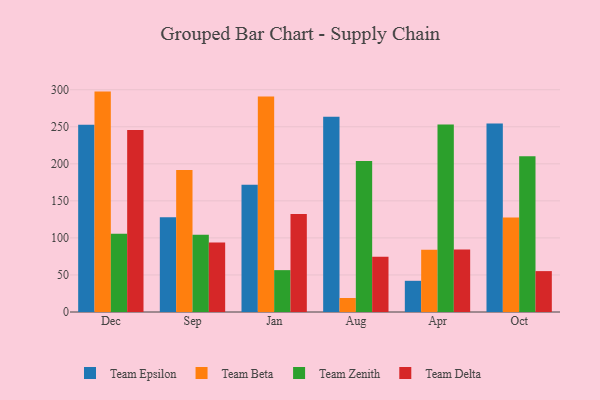
{"axis": {"x": "Month", "y": "LTV (USD)"}, "legend": ["Team Beta", "Team Delta", "Team Epsilon", "Team Zenith"], "data": [{"x": "Dec", "y": 252.6, "type": "Team Epsilon"}, {"x": "Dec", "y": 297.5, "type": "Team Beta"}, {"x": "Dec", "y": 105.6, "type": "Team Zenith"}, {"x": "Dec", "y": 245.5, "type": "Team Delta"}, {"x": "Sep", "y": 128.0, "type": "Team Epsilon"}, {"x": "Sep", "y": 191.8, "type": "Team Beta"}, {"x": "Sep", "y": 104.2, "type": "Team Zenith"}, {"x": "Sep", "y": 93.8, "type": "Team Delta"}, {"x": "Jan", "y": 171.7, "type": "Team Epsilon"}, {"x": "Jan", "y": 290.9, "type": "Team Beta"}, {"x": "Jan", "y": 56.5, "type": "Team Zenith"}, {"x": "Jan", "y": 132.3, "type": "Team Delta"}, {"x": "Aug", "y": 263.4, "type": "Team Epsilon"}, {"x": "Aug", "y": 18.9, "type": "Team Beta"}, {"x": "Aug", "y": 203.9, "type": "Team Zenith"}, {"x": "Aug", "y": 74.7, "type": "Team Delta"}, {"x": "Apr", "y": 42.1, "type": "Team Epsilon"}, {"x": "Apr", "y": 84.1, "type": "Team Beta"}, {"x": "Apr", "y": 253.0, "type": "Team Zenith"}, {"x": "Apr", "y": 84.5, "type": "Team Delta"}, {"x": "Oct", "y": 254.3, "type": "Team Epsilon"}, {"x": "Oct", "y": 127.6, "type": "Team Beta"}, {"x": "Oct", "y": 210.3, "type": "Team Zenith"}, {"x": "Oct", "y": 55.2, "type": "Team Delta"}]}